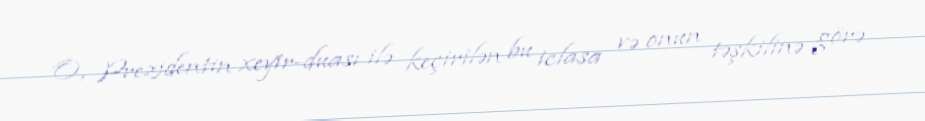
O, Prezidentin xeyir-duası ilə keçirilən bu iclasa və onun təşkilinə görə